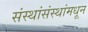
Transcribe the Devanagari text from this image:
संस्थांसंस्थांमधून